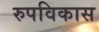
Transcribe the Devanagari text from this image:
रुपविकास